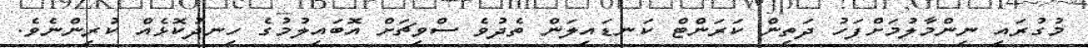
މުގުރައި ނިންމާލުމަށްފަހު ދަތިން ކަރަންޓް ކަނޑައިލަން ތެދުވެ ސްވިޗަށް އޮބައިލުމުގެ ހިނދުކޮޅެއް ކުރިންނެވެ.